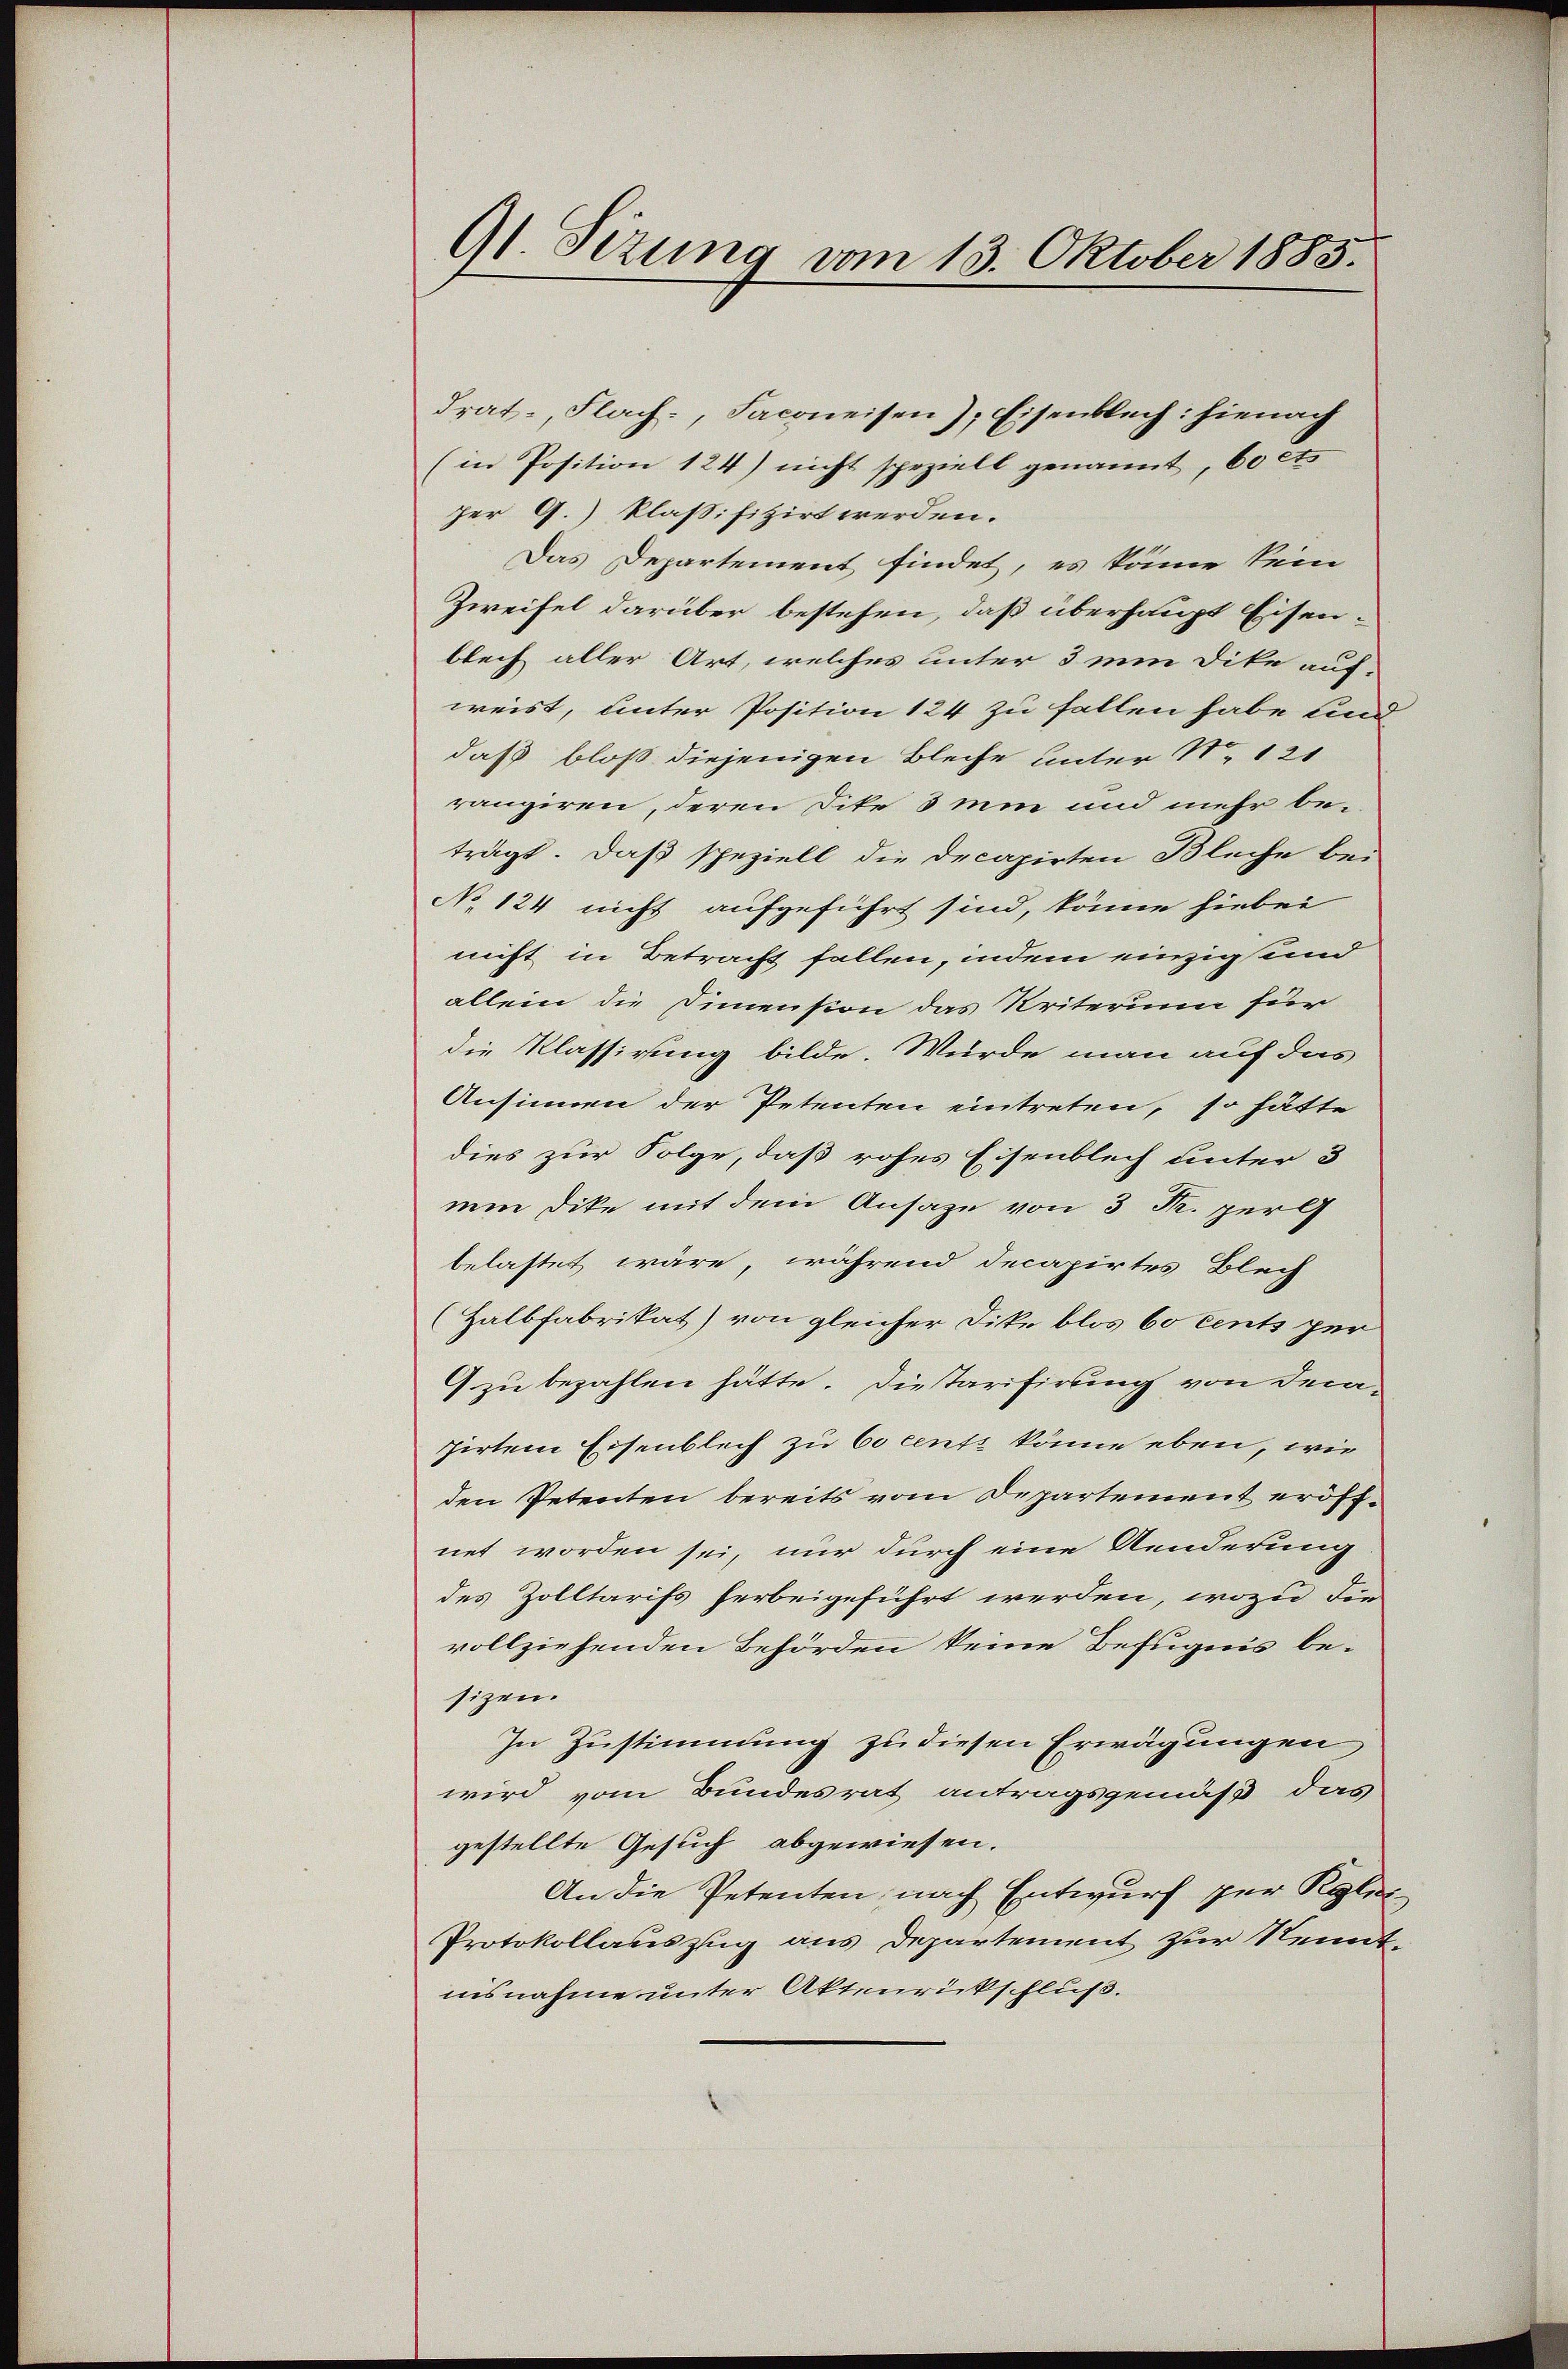
Gl. Sizung vom 13. Oktober 1885.

drat-, Flach., Faconeisen, Eisenblech: hienach
(in Position 124) nicht spezielt genannt, 60 cts
per 9.) klaßifizirt werden.
Das Departement findet, es könne kein
Zweifel darüber bestehen, daß überhaupt Eisenblech aller Art, welches unter 3 ein Dike auf-
weist, unter Position 124 zu fallen habe und
daß bloß diejenigen Bleche unter N. 121
rangiren, deren Dite 3min und mehr beträgt. Daß speziell die Decapirten Bleche bei
No 124 nicht aufgeführt sind, könne hiebei
nicht in Betracht fallen, indem einzig und
allein die Simmension das Kriterium für
die Klassirung bilde. Würde man auf das
Ansinnen der Petenten eintreten, so hätte
dies zur Folge, daß rohes Eisenblech unter 3
nm dike mit dem Ansage von 3 Fr. perc
belastet wäre, während decapirtes Blech
(Halbfabrikat) von gleicher Dite blos 6o cents per
G. zu bezahlen hätte. Dietarifirung von dem-
zirtem Eisenblech zu 6o cents könne eben, wie
den Petenten bereits vom Departement eröffnet worden sei, nur durch eine Aenderung
des Zolltarifs herbeigeführt werden, wozu die
vollziehenden Behörden keine Befugnis besizen.
In Zustimmung zu diesen Erwägungen
wird vom Bundesrat antragsgemäß das
gestellte Gesuch abgewiesen.
An die Petenten, nach Entwurf per Kgles
Protokollauszug aus Departement zur Kenntnisnahme unter Aktenrückschluß.